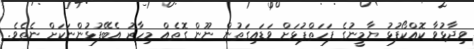
ވިދާޅުވާ ކޮއްކޯފުޅު ޔާމީނުގެ ފަހަތްޕުޅަށް ވަޑައިގަތުން ނޫން ގޮތެއް މިހާރު އެބޭފުޅުންނަކަށް ނެތެވެ.